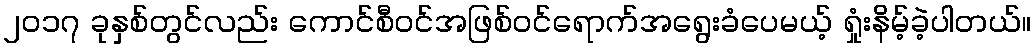
၂၀၁၇ ခုနှစ်တွင်လည်း ကောင်စီဝင်အဖြစ်ဝင်ရောက်အရွေးခံပေမယ့် ရှုံးနိမ့်ခဲ့ပါတယ်။